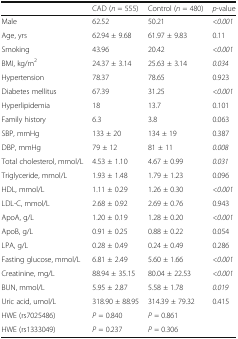
<table><thead><tr><td></td><td><b>CAD (<i>n</i> = 555)</b></td><td><b>Control (<i>n</i> = 480)</b></td><td><b><i>p</i>-value</b></td></tr></thead><tbody><tr><td>Male</td><td>62.52</td><td>50.21</td><td><i>&lt;0.001</i></td></tr><tr><td>Age, yrs</td><td>62.94 ± 9.68</td><td>61.97 ± 9.83</td><td>0.11</td></tr><tr><td>Smoking</td><td>43.96</td><td>20.42</td><td><i>&lt;0.001</i></td></tr><tr><td>BMI, kg/m<sup>2</sup></td><td>24.37 ± 3.14</td><td>25.63 ± 3.14</td><td><i>0.034</i></td></tr><tr><td>Hypertension</td><td>78.37</td><td>78.65</td><td>0.923</td></tr><tr><td>Diabetes mellitus</td><td>67.39</td><td>31.25</td><td><i>&lt;0.001</i></td></tr><tr><td>Hyperlipidemia</td><td>18</td><td>13.7</td><td>0.101</td></tr><tr><td>Family history</td><td>6.3</td><td>3.8</td><td>0.063</td></tr><tr><td>SBP, mmHg</td><td>133 ± 20</td><td>134 ± 19</td><td>0.387</td></tr><tr><td>DBP, mmHg</td><td>79 ± 12</td><td>81 ± 11</td><td><i>0.008</i></td></tr><tr><td>Total cholesterol, mmol/L</td><td>4.53 ± 1.10</td><td>4.67 ± 0.99</td><td><i>0.031</i></td></tr><tr><td>Triglyceride, mmol/L</td><td>1.93 ± 1.48</td><td>1.79 ± 1.23</td><td>0.096</td></tr><tr><td>HDL, mmol/L</td><td>1.11 ± 0.29</td><td>1.26 ± 0.30</td><td><i>&lt;0.001</i></td></tr><tr><td>LDL-C, mmol/L</td><td>2.68 ± 0.92</td><td>2.69 ± 0.76</td><td>0.943</td></tr><tr><td>ApoA, g/L</td><td>1.20 ± 0.19</td><td>1.28 ± 0.20</td><td><i>&lt;0.001</i></td></tr><tr><td>ApoB, g/L</td><td>0.91 ± 0.25</td><td>0.88 ± 0.22</td><td>0.054</td></tr><tr><td>LPA, g/L</td><td>0.28 ± 0.49</td><td>0.24 ± 0.49</td><td>0.286</td></tr><tr><td>Fasting glucose, mmol/L</td><td>6.81 ± 2.49</td><td>5.60 ± 1.66</td><td><i>&lt;0.001</i></td></tr><tr><td>Creatinine, mg/L</td><td>88.94 ± 35.15</td><td>80.04 ± 22.53</td><td><i>&lt;0.001</i></td></tr><tr><td>BUN, mmol/L</td><td>5.95 ± 2.87</td><td>5.58 ± 1.78</td><td><i>0.019</i></td></tr><tr><td>Uric acid, umol/L</td><td>318.90 ± 88.95</td><td>314.39 ± 79.32</td><td>0.415</td></tr><tr><td>HWE (rs7025486)</td><td><i>P</i> = 0.840</td><td><i>P</i> = 0.861</td><td></td></tr><tr><td>HWE (rs1333049)</td><td><i>P</i> = 0.237</td><td><i>P</i> = 0.306</td><td></td></tr></tbody></table>